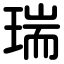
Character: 瑞